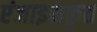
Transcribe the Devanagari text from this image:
एंजाइमकृत